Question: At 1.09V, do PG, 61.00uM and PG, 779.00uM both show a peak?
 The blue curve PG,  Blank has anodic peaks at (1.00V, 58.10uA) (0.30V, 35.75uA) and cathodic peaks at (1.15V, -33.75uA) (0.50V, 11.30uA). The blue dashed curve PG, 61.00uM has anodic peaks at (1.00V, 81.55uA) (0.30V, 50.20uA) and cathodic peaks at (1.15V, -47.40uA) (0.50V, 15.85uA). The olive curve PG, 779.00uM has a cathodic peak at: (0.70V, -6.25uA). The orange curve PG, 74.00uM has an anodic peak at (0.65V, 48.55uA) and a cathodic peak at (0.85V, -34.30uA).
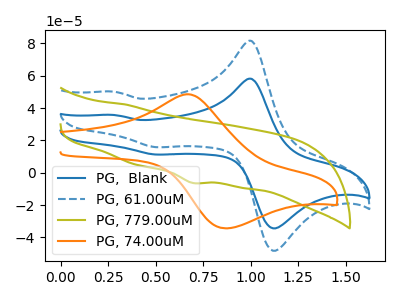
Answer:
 <answer>No, "PG, 61.00uM" and "PG, 779.00uM" dont share a peak at 1.09V.</answer>
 <eval>mismatch</eval>